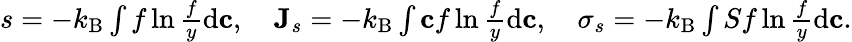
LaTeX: \begin{array}{r}{s=-k_{\textrm{B}}\int f\ln\frac{f}{y}\textrm{d}\mathbf c,\quad\mathbf J_{s}=-k_{\textrm{B}}\int\mathbf cf\ln\frac{f}{y}\textrm{d}\mathbf c,\quad\sigma_{s}=-k_{\textrm{B}}\int Sf\ln\frac{f}{y}\textrm{d}\mathbf c.}\end{array}